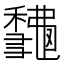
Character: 𥣨